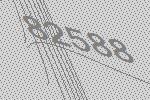
82588